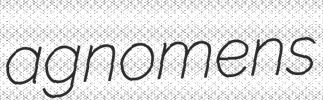
agnomens